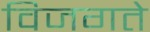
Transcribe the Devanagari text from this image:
विजगते